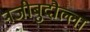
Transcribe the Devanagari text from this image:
नजीबुदौल्ला